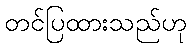
တင်ပြထားသည်ဟု